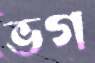
ভগ